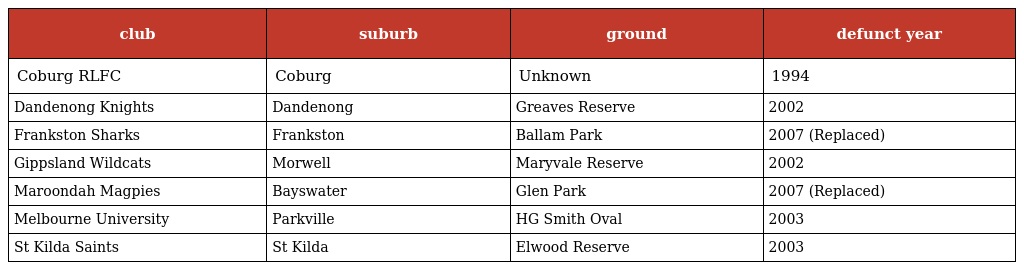
| club | suburb | ground | defunct year |
 | --- | --- | --- | --- |
 | Coburg RLFC | Coburg | Unknown | 1994 |
 | Dandenong Knights | Dandenong | Greaves Reserve | 2002 |
 | Frankston Sharks | Frankston | Ballam Park | 2007 (Replaced) |
 | Gippsland Wildcats | Morwell | Maryvale Reserve | 2002 |
 | Maroondah Magpies | Bayswater | Glen Park | 2007 (Replaced) |
 | Melbourne University | Parkville | HG Smith Oval | 2003 |
 | St Kilda Saints | St Kilda | Elwood Reserve | 2003 |